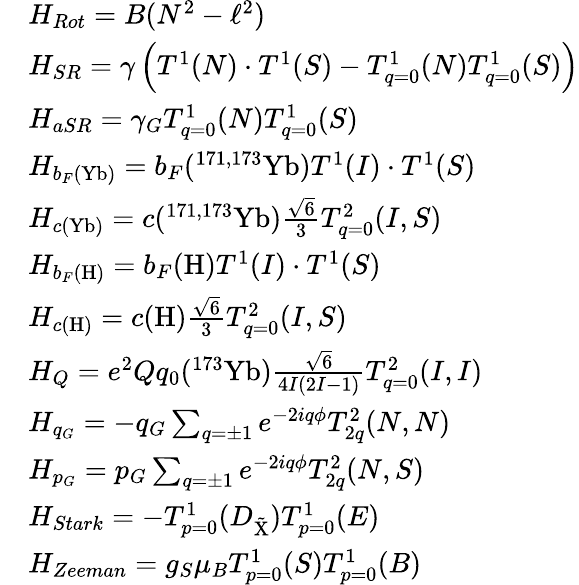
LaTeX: \begin{array}{rl}&{H_{Rot}=B(N^{2}-\ell^{2})}\\ &{H_{SR}=\gamma\left(T^{1}(N)\cdot T^{1}(S)-T_{q=0}^{1}(N)T_{q=0}^{1}(S)\right)}\\ &{H_{aSR}=\gamma_{G}T_{q=0}^{1}(N)T_{q=0}^{1}(S)}\\ &{H_{b_{F}(\mathrm{Yb})}=b_{F}(^{171,173}\mathrm{Yb})T^{1}(I)\cdot T^{1}(S)}\\ &{H_{c(\mathrm{Yb})}=c(^{171,173}\mathrm{Yb})\frac{\sqrt{6}}{3}T_{q=0}^{2}(I,S)}\\ &{H_{b_{F}(\mathrm{H})}=b_{F}(\mathrm{H})T^{1}(I)\cdot T^{1}(S)}\\ &{H_{c(\mathrm{H})}=c(\mathrm{H})\frac{\sqrt{6}}{3}T_{q=0}^{2}(I,S)}\\ &{H_{Q}=e^{2}Qq_{0}(^{173}\mathrm{Yb})\frac{\sqrt{6}}{4I(2I-1)}T_{q=0}^{2}(I,I)}\\ &{H_{q_{G}}=-q_{G}\sum_{q=\pm 1}e^{-2iq\phi}T_{2q}^{2}(N,N)}\\ &{H_{p_{G}}=p_{G}\sum_{q=\pm 1}e^{-2iq\phi}T_{2q}^{2}(N,S)}\\ &{H_{Stark}=-T_{p=0}^{1}(D_{\mathrm{\tilde{X}}})T_{p=0}^{1}(E)}\\ &{H_{Zeeman}=g_{S}\mu_{B}T_{p=0}^{1}(S)T_{p=0}^{1}(B)}\end{array}